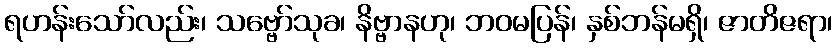
ရဟန်းသော်လည်း၊ သဗ္ဗော်သုခ၊ နိဗ္ဗာနဟု၊ ဘဝမပြန်၊ နှစ်ဘန်မရှိ၊ ဇာတိဇရာ၊